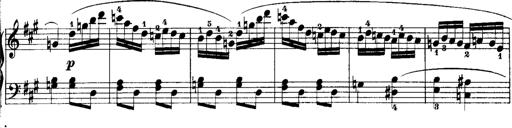
Title: Rondos and Sonatinas for Pianoforte
Composer: Daniel Steibelt